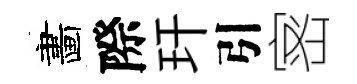
畵際玕引宻